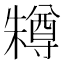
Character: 𣞊